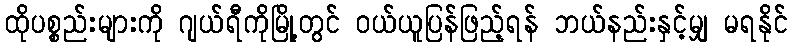
ထိုပစ္စည်းများကို ဂျယ်ရီကိုမြို့တွင် ဝယ်ယူပြန်ဖြည့်ရန် ဘယ်နည်းနှင့်မျှ မရနိုင်